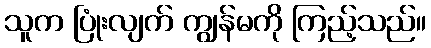
သူက ပြုံးလျက် ကျွန်မကို ကြည့်သည်။